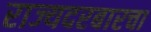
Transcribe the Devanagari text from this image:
राज्यदरबारचा